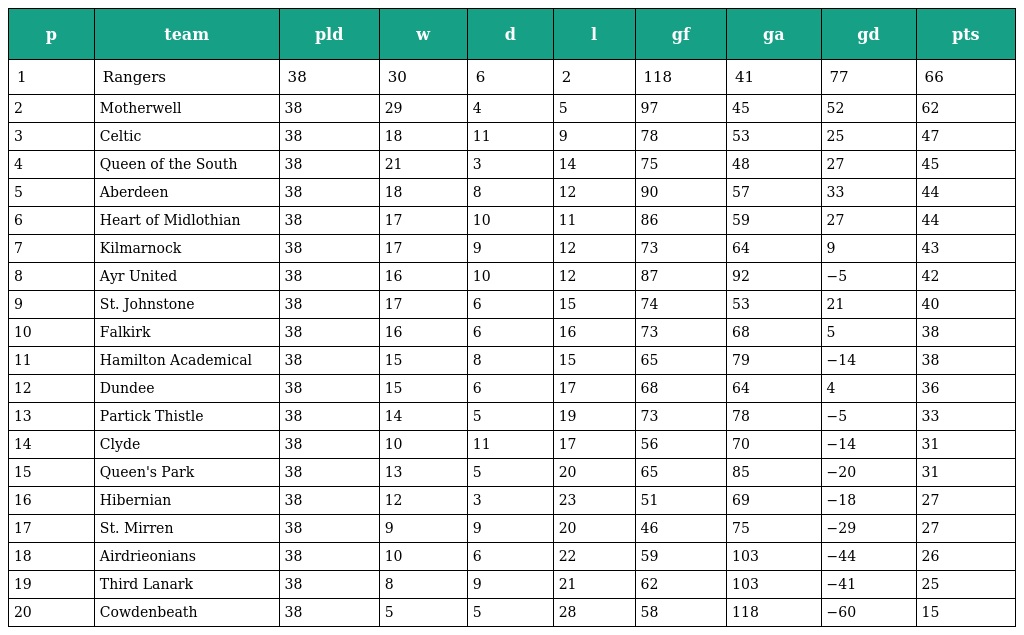
| p | team | pld | w | d | l | gf | ga | gd | pts |
 | --- | --- | --- | --- | --- | --- | --- | --- | --- | --- |
 | 1 | Rangers | 38 | 30 | 6 | 2 | 118 | 41 | 77 | 66 |
 | 2 | Motherwell | 38 | 29 | 4 | 5 | 97 | 45 | 52 | 62 |
 | 3 | Celtic | 38 | 18 | 11 | 9 | 78 | 53 | 25 | 47 |
 | 4 | Queen of the South | 38 | 21 | 3 | 14 | 75 | 48 | 27 | 45 |
 | 5 | Aberdeen | 38 | 18 | 8 | 12 | 90 | 57 | 33 | 44 |
 | 6 | Heart of Midlothian | 38 | 17 | 10 | 11 | 86 | 59 | 27 | 44 |
 | 7 | Kilmarnock | 38 | 17 | 9 | 12 | 73 | 64 | 9 | 43 |
 | 8 | Ayr United | 38 | 16 | 10 | 12 | 87 | 92 | −5 | 42 |
 | 9 | St. Johnstone | 38 | 17 | 6 | 15 | 74 | 53 | 21 | 40 |
 | 10 | Falkirk | 38 | 16 | 6 | 16 | 73 | 68 | 5 | 38 |
 | 11 | Hamilton Academical | 38 | 15 | 8 | 15 | 65 | 79 | −14 | 38 |
 | 12 | Dundee | 38 | 15 | 6 | 17 | 68 | 64 | 4 | 36 |
 | 13 | Partick Thistle | 38 | 14 | 5 | 19 | 73 | 78 | −5 | 33 |
 | 14 | Clyde | 38 | 10 | 11 | 17 | 56 | 70 | −14 | 31 |
 | 15 | Queen's Park | 38 | 13 | 5 | 20 | 65 | 85 | −20 | 31 |
 | 16 | Hibernian | 38 | 12 | 3 | 23 | 51 | 69 | −18 | 27 |
 | 17 | St. Mirren | 38 | 9 | 9 | 20 | 46 | 75 | −29 | 27 |
 | 18 | Airdrieonians | 38 | 10 | 6 | 22 | 59 | 103 | −44 | 26 |
 | 19 | Third Lanark | 38 | 8 | 9 | 21 | 62 | 103 | −41 | 25 |
 | 20 | Cowdenbeath | 38 | 5 | 5 | 28 | 58 | 118 | −60 | 15 |